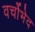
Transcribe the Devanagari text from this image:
वर्चोभेद